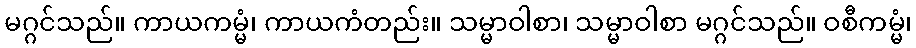
မဂ္ဂင်သည်။ ကာယကမ္မံ၊ ကာယကံတည်း။ သမ္မာဝါစာ၊ သမ္မာဝါစာ မဂ္ဂင်သည်။ ဝစီကမ္မံ၊